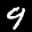
Digit: 9